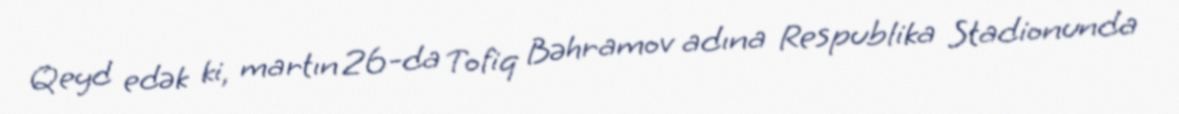
Qeyd edək ki, martın 26-da Tofiq Bəhramov adına Respublika Stadionunda